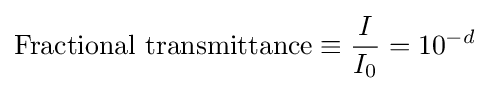
{\text{Fractional transmittance}}\equiv {\frac {I}{I_{0}}}=10^{-d}